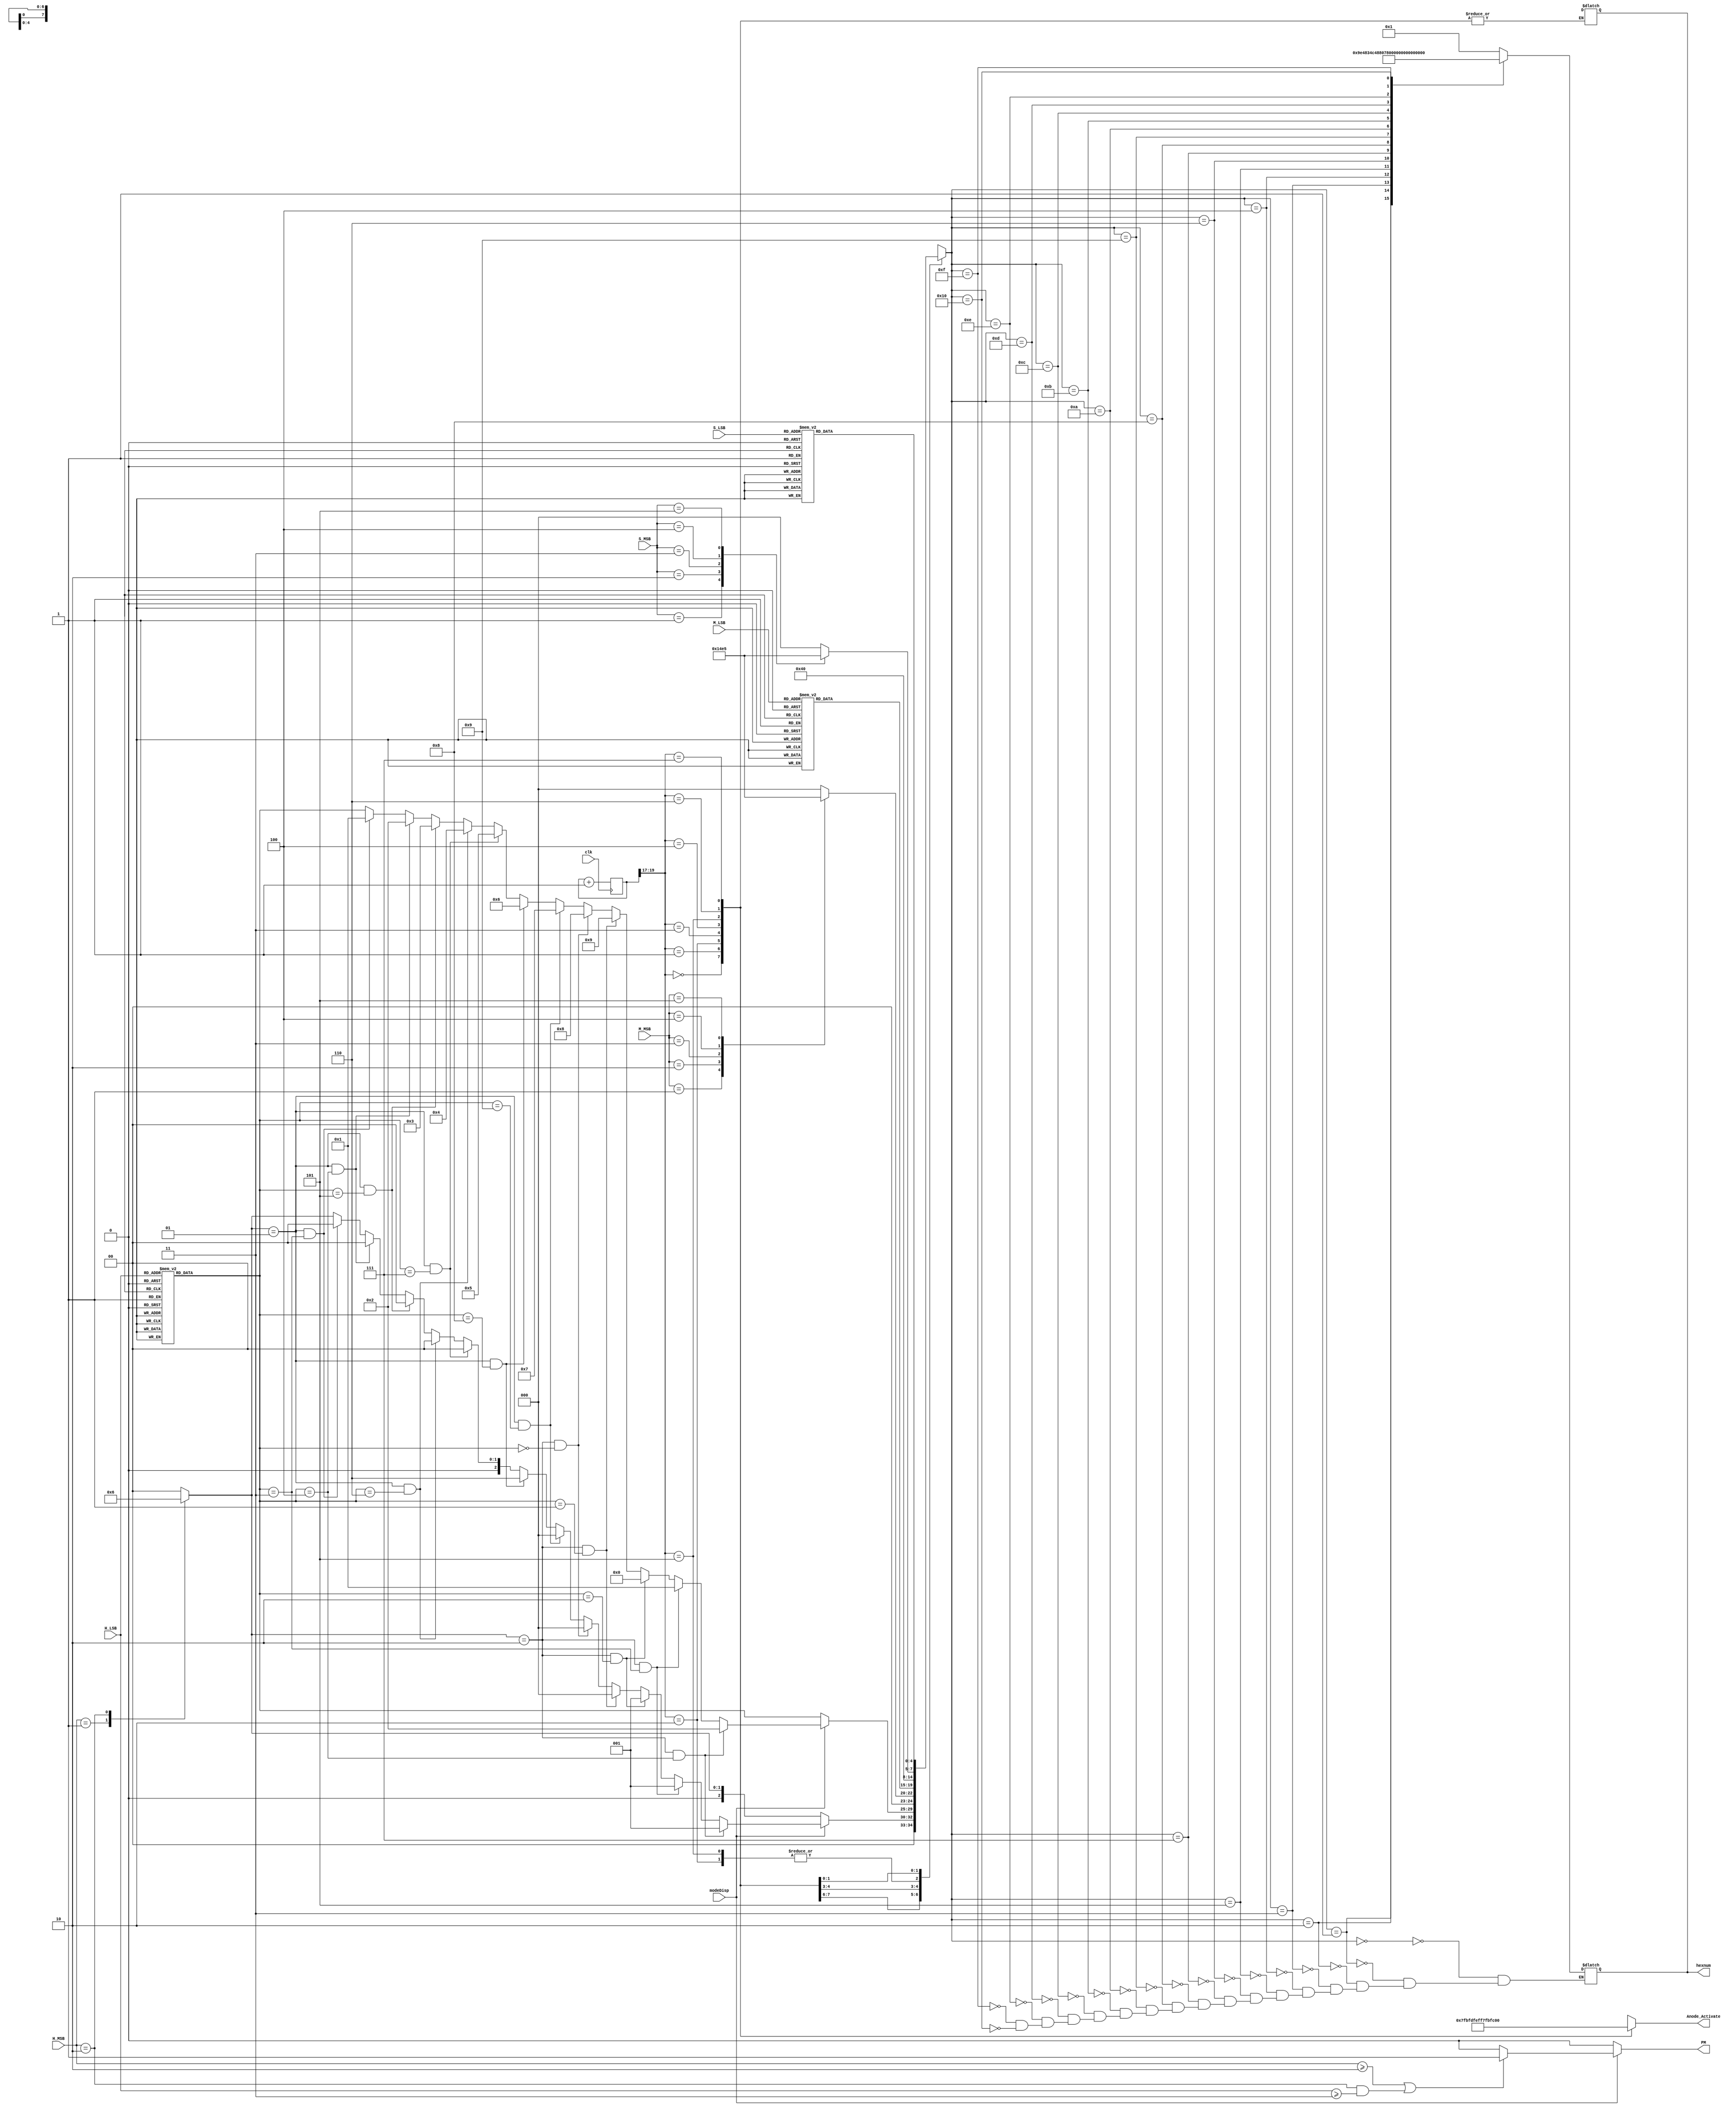
`timescale 1ns / 1ps
//////////////////////////////////////////////////////////////////////////////////
// Company: 
// Engineer: 
// 
// Design Name: 
// Module Name: seven_seg
// Project Name: 
// Target Devices: 
// Tool Versions: 
// Description: 
// 
// Dependencies: 
// 
// Revision:
// Revision 0.01 - File Created
// Additional Comments:
// 
//////////////////////////////////////////////////////////////////////////////////


module seven_segment(
    input modeDisp,
    input clk,
    input[1:0] H_MSB,
    input[3:0] H_LSB,M_MSB,M_LSB,S_MSB,S_LSB,
    output reg[6:0] hexnum,
    output reg[7:0] Anode_Activate,
    output reg PM
    );

    reg[19:0] refresh=0;
    reg[4:0] num;
    reg[4:0] H1,H2,M1,M2,S1,S2;
    wire[2:0] counter;

   
    always @(posedge clk )
    begin 
        if(refresh ==2000000)
            refresh <= 0;
        else
            refresh <= refresh + 1;
    end 
     assign counter = refresh[19:17];
    // anode activating signals for 4 LEDs, digit period of 2.6ms
    // decoder to generate anode signals 
    always @(*)
    begin
    PM=0;
    if(modeDisp == 1)
    begin
    if(H_MSB >= 2'b10 || (H_MSB == 2'b10 && H_LSB >= 4'b0011))
        PM = 1;
        else
        PM = 0;
    end
    
        case(counter)

          3'b000: begin
            Anode_Activate = 8'b01111111;
            if(modeDisp==1'b0)
                begin
                num = H1;
                end
            else
            begin
                if(H1==2'b10 && H2==4'b0100)
                  num = 5'b00001;
                else if(H1==2'b10 && H2==4'b0011)
                  num = 5'b00001;
                else if(H1==2'b10 && H2==4'b0010)
                  num = 5'b00001;
                else if(H1==2'b10 && H2==4'b0001)
                  num = 5'b00000;
                else if(H1==2'b10 && H2==4'b0000)
                  num = 5'b00000;
                  //10
                else if(H1==2'b01 && H2==4'b1001)
                  num = 5'b00000;
                else if(H1==2'b01 && H2==4'b1000)
                  num = 5'b00110;
                else if(H1==2'b01 && H2==4'b0111)
                  num = 5'b00000;
                else if(H1==2'b01 && H2==4'b0110)
                  num = 5'b00000;
                else if(H1==2'b01 && H2==4'b0101)
                  num = 5'b00000;
                else if(H1==2'b01 && H2==4'b0100)
                  num = 5'b00000;
                else if(H1==2'b01 && H2==4'b0011)
                  num = 5'b00000;
                else
                    num = H1;
                end
            end
               
        3'b001: begin
          Anode_Activate = 8'b10111111;
          
              if(modeDisp==1'b0)
                 begin
            num = H2;
            end
            else
            begin
                if(H1==2'b10 && H2==4'b0100)
                  num =5'b00010;
                else if(H1==2'b10 && H2==4'b0011)
                  num = 5'b00001;
                else if(H1==2'b10 && H2==4'b0010)
                  num = 5'b00000;
                else if(H1==2'b10 && H2==4'b0001)
                  num = 5'b01001;
                else if(H1==2'b10 && H2==4'b0000)
                  num = 5'b01000;
                  //10
                else if(H1==2'b01 && H2==4'b1001)
                  num = 5'b00111;
                else if(H1==2'b01 && H2==4'b1000)
                  num = 5'b00110;
                else if(H1==2'b01 && H2==4'b0111)
                  num = 5'b00101;
                else if(H1==2'b01 && H2==4'b0110)
                  num = 5'b00100;
                else if(H1==2'b01 && H2==4'b0101)
                  num = 5'b00011;
                else if(H1==2'b01 && H2==4'b0100)
                  num = 5'b00010;
                else if(H1==2'b01 && H2==4'b0011)
                  num = 5'b00001;
                else
                    num = H2;
                end
              end
         
        3'b010: begin
            Anode_Activate = 8'b11011111; 
       
            num = 5'b10000;
              
              end
        3'b011: begin
           Anode_Activate = 8'b11101111; 
            // activate LED1 and Deactivate the rest
            num = M1;
          
            // the third digit of the 16-bit number
                end
                
        3'b100: begin
           Anode_Activate = 8'b11110111; 
            // activate LED1 and Deactivate the rest
            num = M2;
          
            // the third digit of the 16-bit number
                end
                
        3'b101: begin
           Anode_Activate = 8'b11111011; 
            // activate LED1 and Deactivate the rest
            num = 5'b10000;
          
            // the third digit of the 16-bit number
                end
                
        3'b110: begin
           Anode_Activate = 8'b11111101; 
            // activate LED1 and Deactivate the rest
            num = S1;
          
            // the third digit of the 16-bit number
                end
                
        3'b111: begin
           Anode_Activate = 8'b11111110; 
            // activate LED1 and Deactivate the rest
            num = S2;
          
            // the third digit of the 16-bit number
                end
        default: begin
        hexnum = 7'b0000001;
        end                                                      
        endcase
        
       end

    always @(*)
    begin
    case (H_MSB)
       2'b00 : H1 <= 5'b00000;
       2'b01 : H1 <= 5'b00001;
       2'b10 : H1 <= 5'b00010;
       default: H1 <= 5'b00000;
    endcase
    
    case(H_LSB)
       4'b0000 : H2 <= 5'b00000;
       4'b0001 : H2 <= 5'b00001;
       4'b0010 : H2 <= 5'b00010;
       4'b0011 : H2 <= 5'b00011;
       4'b0100 : H2 <= 5'b00100;
       4'b0101 : H2 <= 5'b00101;
       4'b0110 : H2 <= 5'b00110;
       4'b0111 : H2 <= 5'b00111;
       4'b1000 : H2 <= 5'b01000;
       4'b1001 : H2 <= 5'b01001;
       default: H2 <= 5'b00000;
     endcase
     
     case(M_MSB)
       4'b0000 : M1 <= 5'b00000;
       4'b0001 : M1 <= 5'b00001;
       4'b0010 : M1 <= 5'b00010;
       4'b0011 : M1 <= 5'b00011;
       4'b0100 : M1 <= 5'b00100;
       4'b0101 : M1 <= 5'b00101;
       default: M1 <= 5'b00000;
     endcase
     
      case(M_LSB)
       4'b0000 : M2 <= 5'b00000;
       4'b0001 : M2 <= 5'b00001;
       4'b0010 : M2 <= 5'b00010;
       4'b0011 : M2 <= 5'b00011;
       4'b0100 : M2 <= 5'b00100;
       4'b0101 : M2 <= 5'b00101;
       4'b0110 : M2 <= 5'b00110;
       4'b0111 : M2 <= 5'b00111;
       4'b1000 : M2 <= 5'b01000;
       4'b1001 : M2 <= 5'b01001;
       default: M2 <= 5'b00000;
     endcase
 
case(S_MSB)
       4'b0000 : S1 <= 5'b00000;
       4'b0001 : S1 <= 5'b00001;
       4'b0010 : S1 <= 5'b00010;
       4'b0011 : S1 <= 5'b00011;
       4'b0100 : S1 <= 5'b00100;
       4'b0101 : S1 <= 5'b00101;
       default: S1 <= 5'b00000;
     endcase
     
      case(S_LSB)
       4'b0000 : S2 <= 5'b00000;
       4'b0001 : S2 <= 5'b00001;
       4'b0010 : S2 <= 5'b00010;
       4'b0011 : S2 <= 5'b00011;
       4'b0100 : S2 <= 5'b00100;
       4'b0101 : S2 <= 5'b00101;
       4'b0110 : S2 <= 5'b00110;
       4'b0111 : S2 <= 5'b00111;
       4'b1000 : S2 <= 5'b01000;
       4'b1001 : S2 <= 5'b01001;
       default: S2 <= 5'b00000;
     endcase 
     
        case (num)
       5'b00000 : hexnum <= 7'h01;  
       5'b00001 : hexnum <= 7'h4F;
       5'b00010 : hexnum <= 7'h12;
       5'b00011 : hexnum <= 7'h06;
       5'b00100 : hexnum <= 7'h4C;          
       5'b00101 : hexnum <= 7'h24;
       5'b00110 : hexnum <= 7'h20;
       5'b00111 : hexnum <= 7'h0F;
       5'b01000 : hexnum <= 7'h00;
       5'b01001 : hexnum <= 7'h04;
       5'b01010 : hexnum <= 7'h08; // 0001000
       5'b01011 : hexnum <= 7'h60; //1100000
       5'b01100 : hexnum <= 7'h31; //0110001
       5'b01101 : hexnum <= 7'h42; //1000010
       5'b01110 : hexnum <= 7'h30; //0110000
       5'b01111 : hexnum <= 7'h38; //0111000
       5'b10000 : hexnum <= 7'h7F; // Blank
        
        
        endcase
    end
    
//    assign A = ~hexnum[6];
//    assign B = ~hexnum[5];
//    assign C = ~hexnum[4];
//    assign D = ~hexnum[3];
//    assign E = ~hexnum[2];
//    assign F = ~hexnum[1];
//    assign G = ~hexnum[0];
    
endmodule